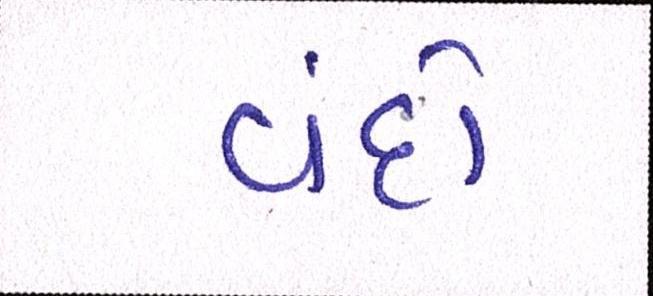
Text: વંદો